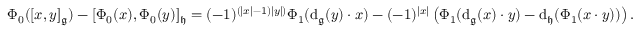
\begin{array} { r } { \Phi _ { 0 } ( [ x , y ] _ { \mathfrak { g } } ) - [ \Phi _ { 0 } ( x ) , \Phi _ { 0 } ( y ) ] _ { \mathfrak { h } } = ( - 1 ) ^ { ( \lvert x \rvert - 1 ) \lvert y \rvert ) } \Phi _ { 1 } ( \mathrm { d } _ { \mathfrak g } ( y ) \cdot x ) - ( - 1 ) ^ { \lvert x \rvert } \left( \Phi _ { 1 } ( \mathrm { d } _ { \mathfrak { g } } ( x ) \cdot y ) - \mathrm { d } _ { \mathfrak { h } } ( \Phi _ { 1 } ( x \cdot y ) ) \right) . } \end{array}